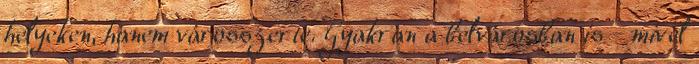
helyeken, hanem városszerte. Gyakran a belvárosban is - mivel